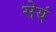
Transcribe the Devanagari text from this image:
सेयं